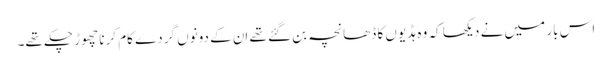
اس بار میں نے دیکھا کہ وہ ہڈیوں کا ڈھانچہ بن گئے تھے اِن کے دونوں گردے کام کرنا چھوڑ چکے تھے۔